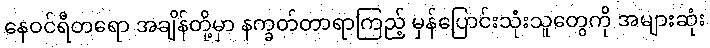
နေဝင်ရီတရော အချိန်တို့မှာ နက္ခတ်တာရာကြည့် မှန်ပြောင်းသုံးသူတွေကို အများဆုံး